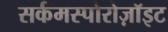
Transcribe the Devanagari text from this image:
सर्कमस्पोरोज़ॉइट